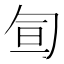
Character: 𠣙